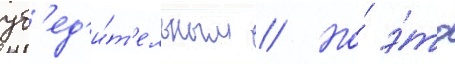
уб'ед'и́т'ельным // Но́ э́то